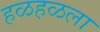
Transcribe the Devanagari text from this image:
हळहळला